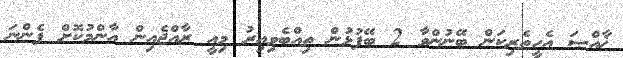
ޚާއްޞަ އެހީތެރިކަން ބޭނުންވާ 2 ބޭފުޅުން ތިއްބެވިއިރު މިއީ ރާއްޖެއިން އާންމުކޮށް ފެންނަ